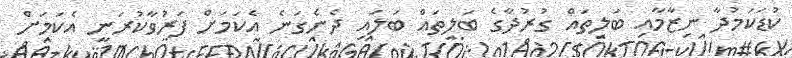
ކުޑަކަމުދާ ނިޒާމާއި ބަލިތައް ގުރުދާގެ ބަލިތައް ބަލައި ދެނެގަނެ އެކަމަށް ފަރުވާކުރަނީ އެކަމަށް